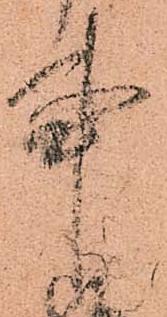
事